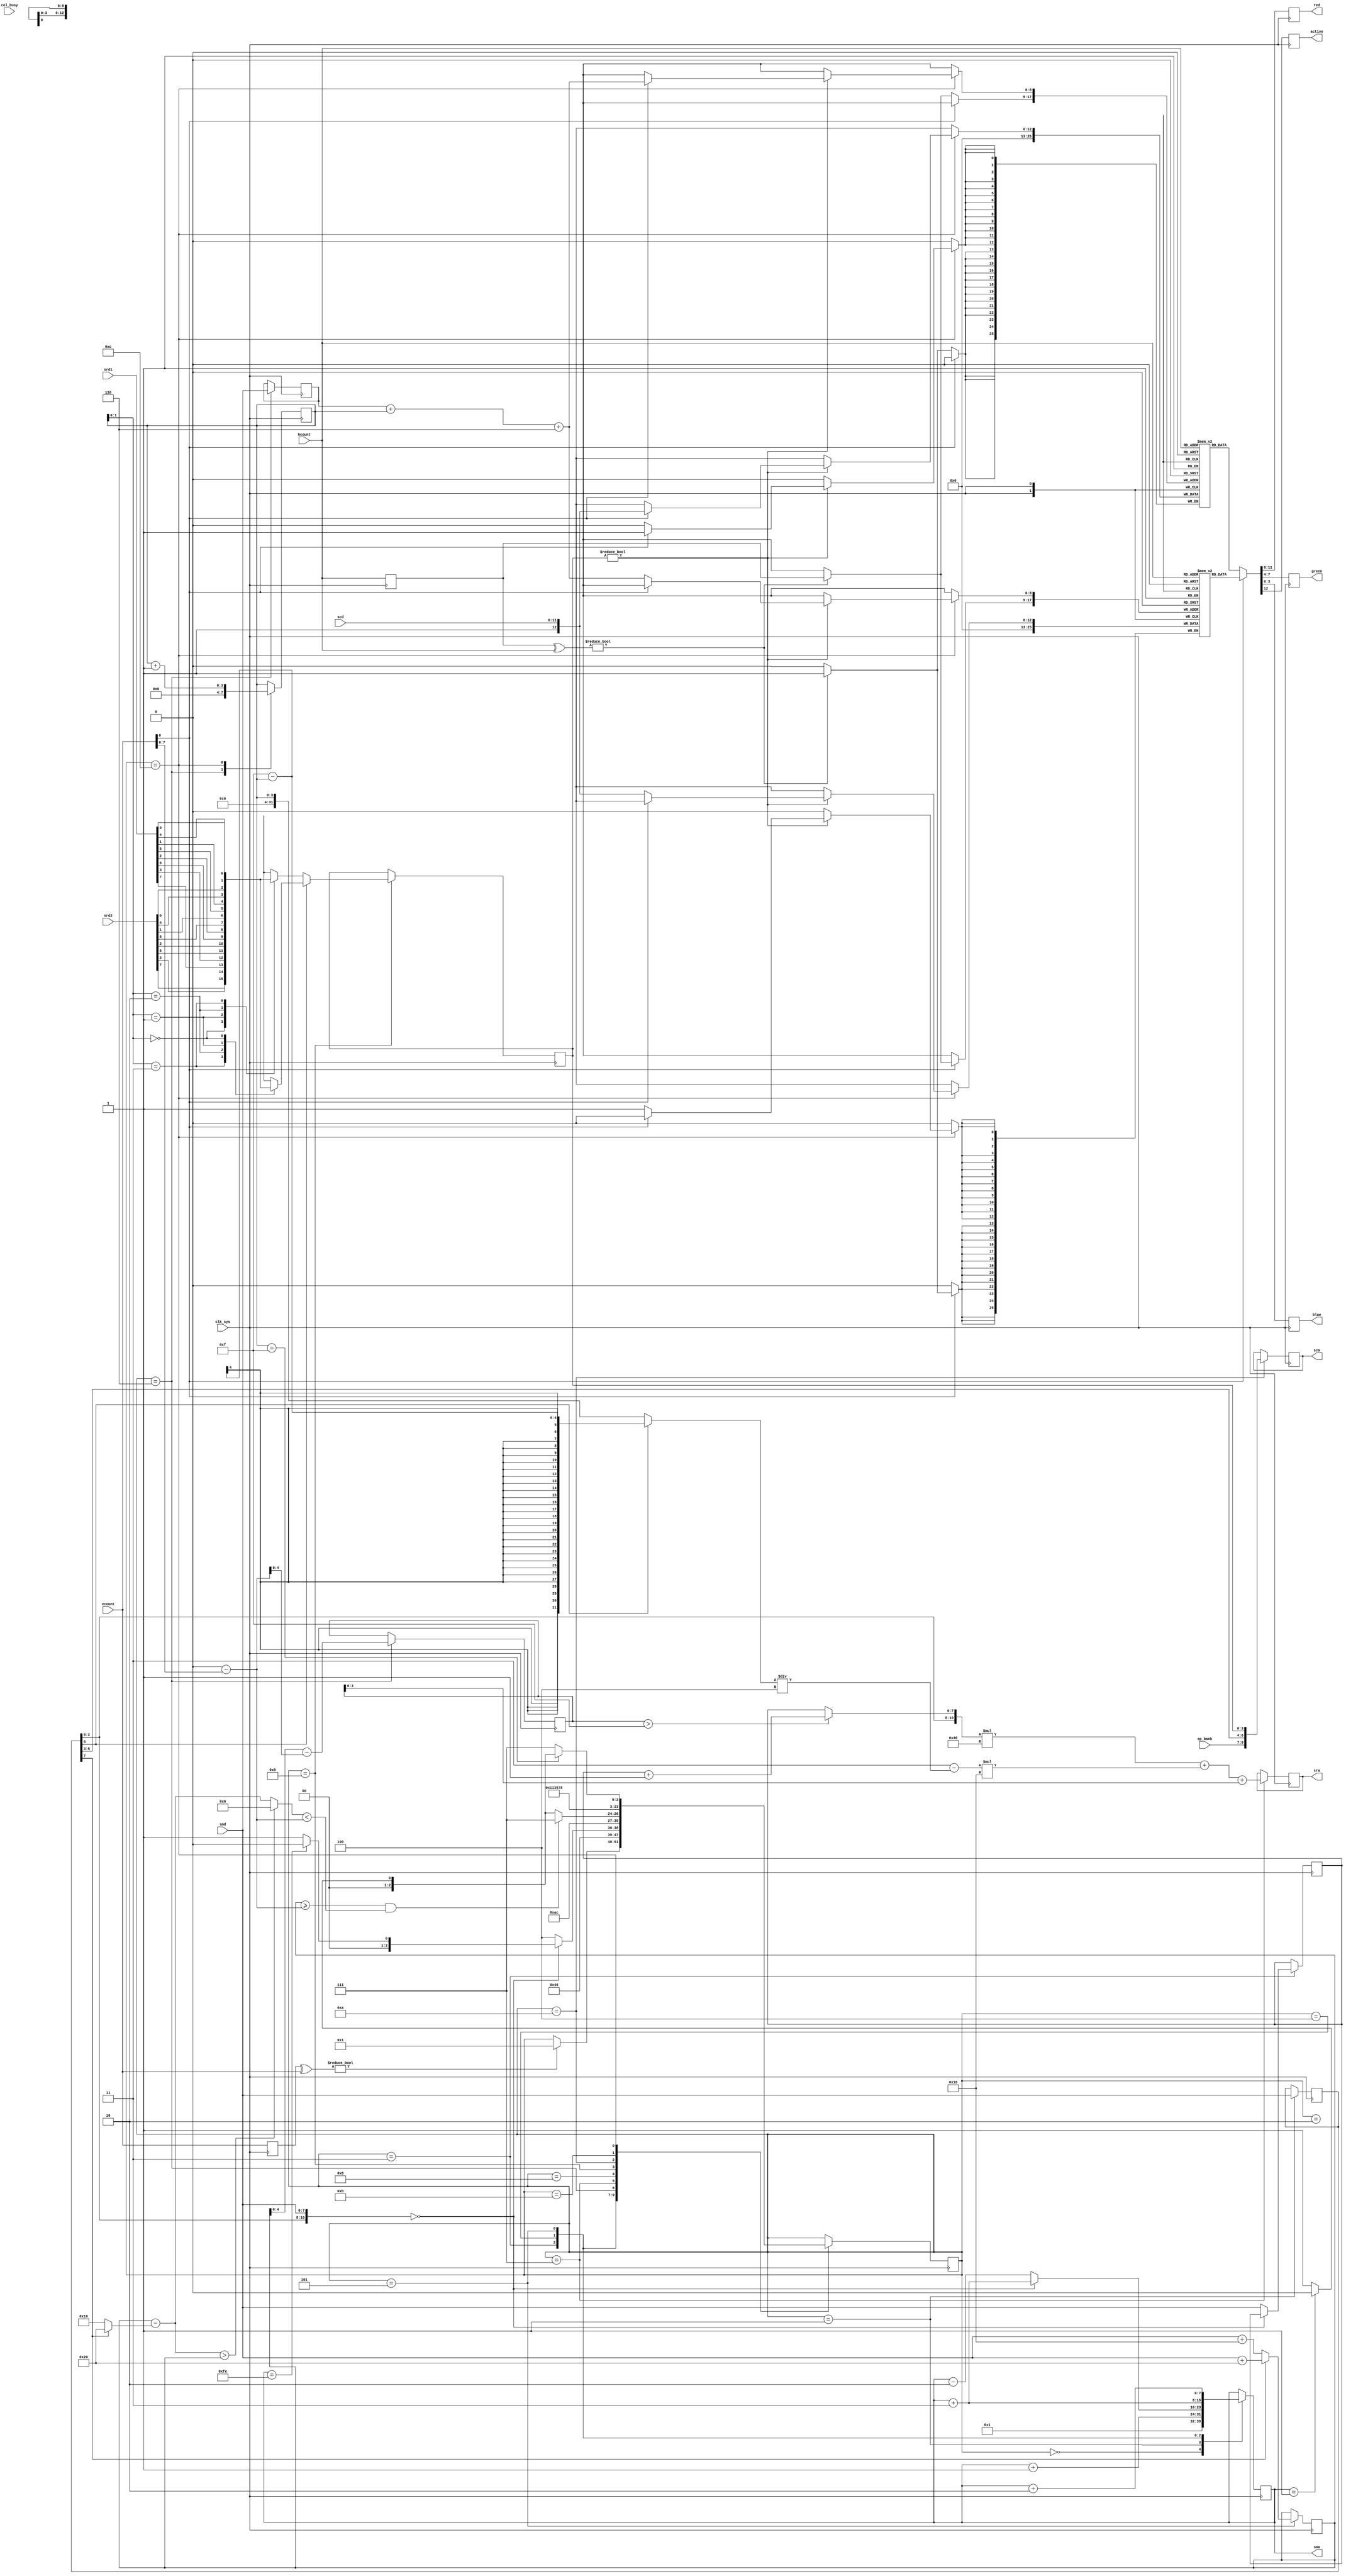
module vball_sprites(
  input clk_sys,
  input [2:0] sp_bank,
  output reg [7:0] sma,
  input [7:0] smd,
  output reg [16:0] sra,
  input [7:0] srd1,
  input [7:0] srd2,
  output reg [9:0] sca,
  input [11:0] scd,
  input col_busy,
  input [8:0] hcount,
  input [8:0] vcount,

  output reg [3:0] red,
  output reg [3:0] green,
  output reg [3:0] blue,
  output reg active
);

// sprite ram - 4 bytes x 64
// 0:y 1:attr 2:id 3:x
// attributes: 7     6      5:3    2:0
//             size  flipx  color  id[10:8]

reg [3:0] state;
reg hbl;
reg [7:0] spy;
reg [7:0] spx;
wire [7:0] spym = spy - (attr[7] ? 8'd32 : 8'd16);
wire [7:0] spyy = spym > spy ? 8'd0 : spym;
reg [12:0] scanline1[270:0];
reg [12:0] scanline2[270:0];
reg [3:0] scnx;
reg [8:0] hcl, vcl;
reg [4:0] rsv;
reg [7:0] attr, id;
reg [3:0] cid;

wire [7:0] vcntv = 8'd256 - vcount;

always @(posedge clk_sys) begin

  hcl <= hcount;
  vcl <= vcount;

  case (state)

    4'd0: begin
      sma <= 8'd1; // start at attribute
      if (vcl ^ vcount) state <= 4'd1;
    end
    4'd1: begin
      attr <= smd;
      sma <= sma + 8'd1; // move to id
      state <= 4'd2;
    end
    4'd2: begin
      state <= 4'd3; // wait one
    end
    4'd3: begin
      if ({ attr[2:0], smd } == 8'd0) begin // if sprite code is zero then skip
        state <= sma == 8'hfe ? 4'd0 : 4'd1; // stop if it's the last address
        sma <= sma + 8'd3; // point to next attribute
      end
      else begin // if code is a sprite id
        id <= smd; // read lower part of id
        sma <= sma - 8'd2; // move to y
        state <= 4'd4;
      end
    end
    4'd4: begin
      sma <= sma + 8'd3; // wait one and move to x
      state <= 4'd5;
    end
    4'd5: begin
      spy <= attr[7] ? smd + 8'd32 : smd + 8'd16; // read y and adjust based on sprite size
      sma <= sma + 8'd2; // move to next sprite attribute
      state <= 3'd6;
    end
    4'd6: begin
      spx <= smd; // read x
      state <= sma == 8'h1 ? 3'd0 : 3'd1; // did we reach end?
      rsv <= spy - vcntv; // get scanline
      scnx <= 4'd0; // reset x offset
      if (spy >= vcntv && spyy < vcntv) state <= 4'd7; // continue if it is a visible line
    end
    4'd7: begin
      // generate data address, todo: rewrite to HDL
      sra <= { attr[2:0], (rsv > 9'd15 ? id + 8'd1 : id) } * 64 + (3-(( attr[6] ? 15-scnx : scnx  )/4)) * 16 + rsv[3:0];
      state <= 4'd8;
    end
    4'd8: begin
      state <= 4'd9; // wait
    end
    4'd9: begin
      // read color id from data, pxl order is based on the flip attribute
      if (attr[6]) begin
        case (scnx[1:0])
          2'd3: cid <= { srd2[7], srd2[3], srd1[7], srd1[3] };
          2'd2: cid <= { srd2[6], srd2[2], srd1[6], srd1[2] };
          2'd1: cid <= { srd2[5], srd2[1], srd1[5], srd1[1] };
          2'd0: cid <= { srd2[4], srd2[0], srd1[4], srd1[0] };
        endcase
      end
      else begin
        case (scnx[1:0])
          2'd0: cid <= { srd2[7], srd2[3], srd1[7], srd1[3] };
          2'd1: cid <= { srd2[6], srd2[2], srd1[6], srd1[2] };
          2'd2: cid <= { srd2[5], srd2[1], srd1[5], srd1[1] };
          2'd3: cid <= { srd2[4], srd2[0], srd1[4], srd1[0] };
        endcase
      end
      state <= 4'd10;
    end
    4'd10: begin
      // generate palette address
      sca <= { sp_bank, attr[5:3], cid };
      state <= 4'd11;
    end
    4'd11: begin
      state <= 4'd12; // wait
    end
    4'd12: begin
      // if not transparent (0) then feed line buffer with color data
      if (cid != 0) begin
        if (vcount[0]) begin // odd
          scanline1[spx+scnx+6] <= { 1'b1, scd };
        end
        else begin // even
          scanline2[spx+scnx+6] <= { 1'b1, scd };
        end
      end
      scnx <= scnx + 4'd1;
      state <= scnx == 4'd15 ? sma == 8'h1 ? 4'd0 : 4'd1 : 4'd7;
    end
  endcase

  // read line buffers

  if (vcount[0]) begin
    { active, red, green, blue } <= scanline2[hcount];
    if (hcl ^ hcount) scanline2[hcl] <= 13'd0;
  end
  else begin
    { active, red, green, blue } <= scanline1[hcount];
    if (hcl ^ hcount) scanline1[hcl] <= 13'd0;
  end

end

endmodule